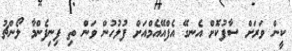
ކީން ވަރަށް ސާފުކޮށް އެނގޭ އެފްއޭއެމްއަށް ފުލުހުން ވަން ތި ފިނިފެންމާ ލޯންޗު